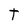
Character: T